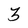
Character: 3